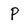
Character: P